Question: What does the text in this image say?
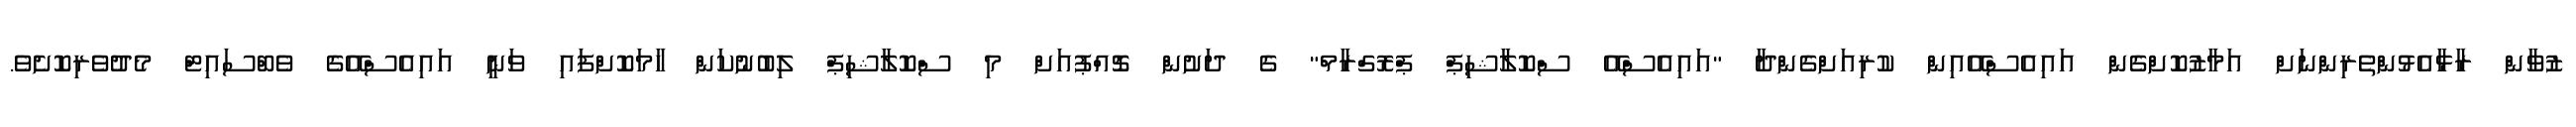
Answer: ޒުވާން ރާޅާއެޅުންތެރިންނަށް އަމާޒުކޮށްގެން އައިއެސްއޭއިން ކުރިއަށްގެންދާ "އައިއެސްއޭ ސްކޮލާޝިޕް ޕްރޮގްރާމް" ގެ ދަށުން ޗޮއްޕުއަށް މި ސްކޮލާޝިޕް ލިބުނުކަން ހާމަކޮށްފައި ވަނީ އައިއެސްއޭގެ ވެބްސައިޓް މެދުވެރިކޮށެވެ.